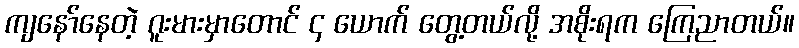
ကျနော်နေတဲ့ ဂူးမားမှာတောင် ၄ ယောက် တွေ့တယ်လို့ အစိုးရက ကြေညာတယ်။